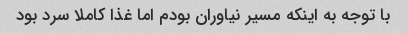
با توجه به اینکه مسیر نیاوران بودم اما غذا کاملا سرد بود